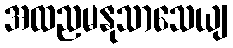
အထညမနုသာသေယျ